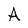
Character: A